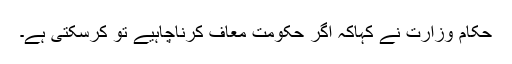
حکام وزارت نے کہاکہ اگر حکومت معاف کرناچاہیے تو کرسکتی ہے۔